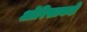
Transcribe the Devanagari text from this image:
ओरिसाकडे